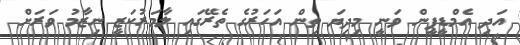
އަދި އެމްޑީޕީން ވަނީ މިދިޔަ ތިން އަހަރުގެ ތެރޭގައި ލާމަރުކަޒީ ނިޒާމު ވަރަށް